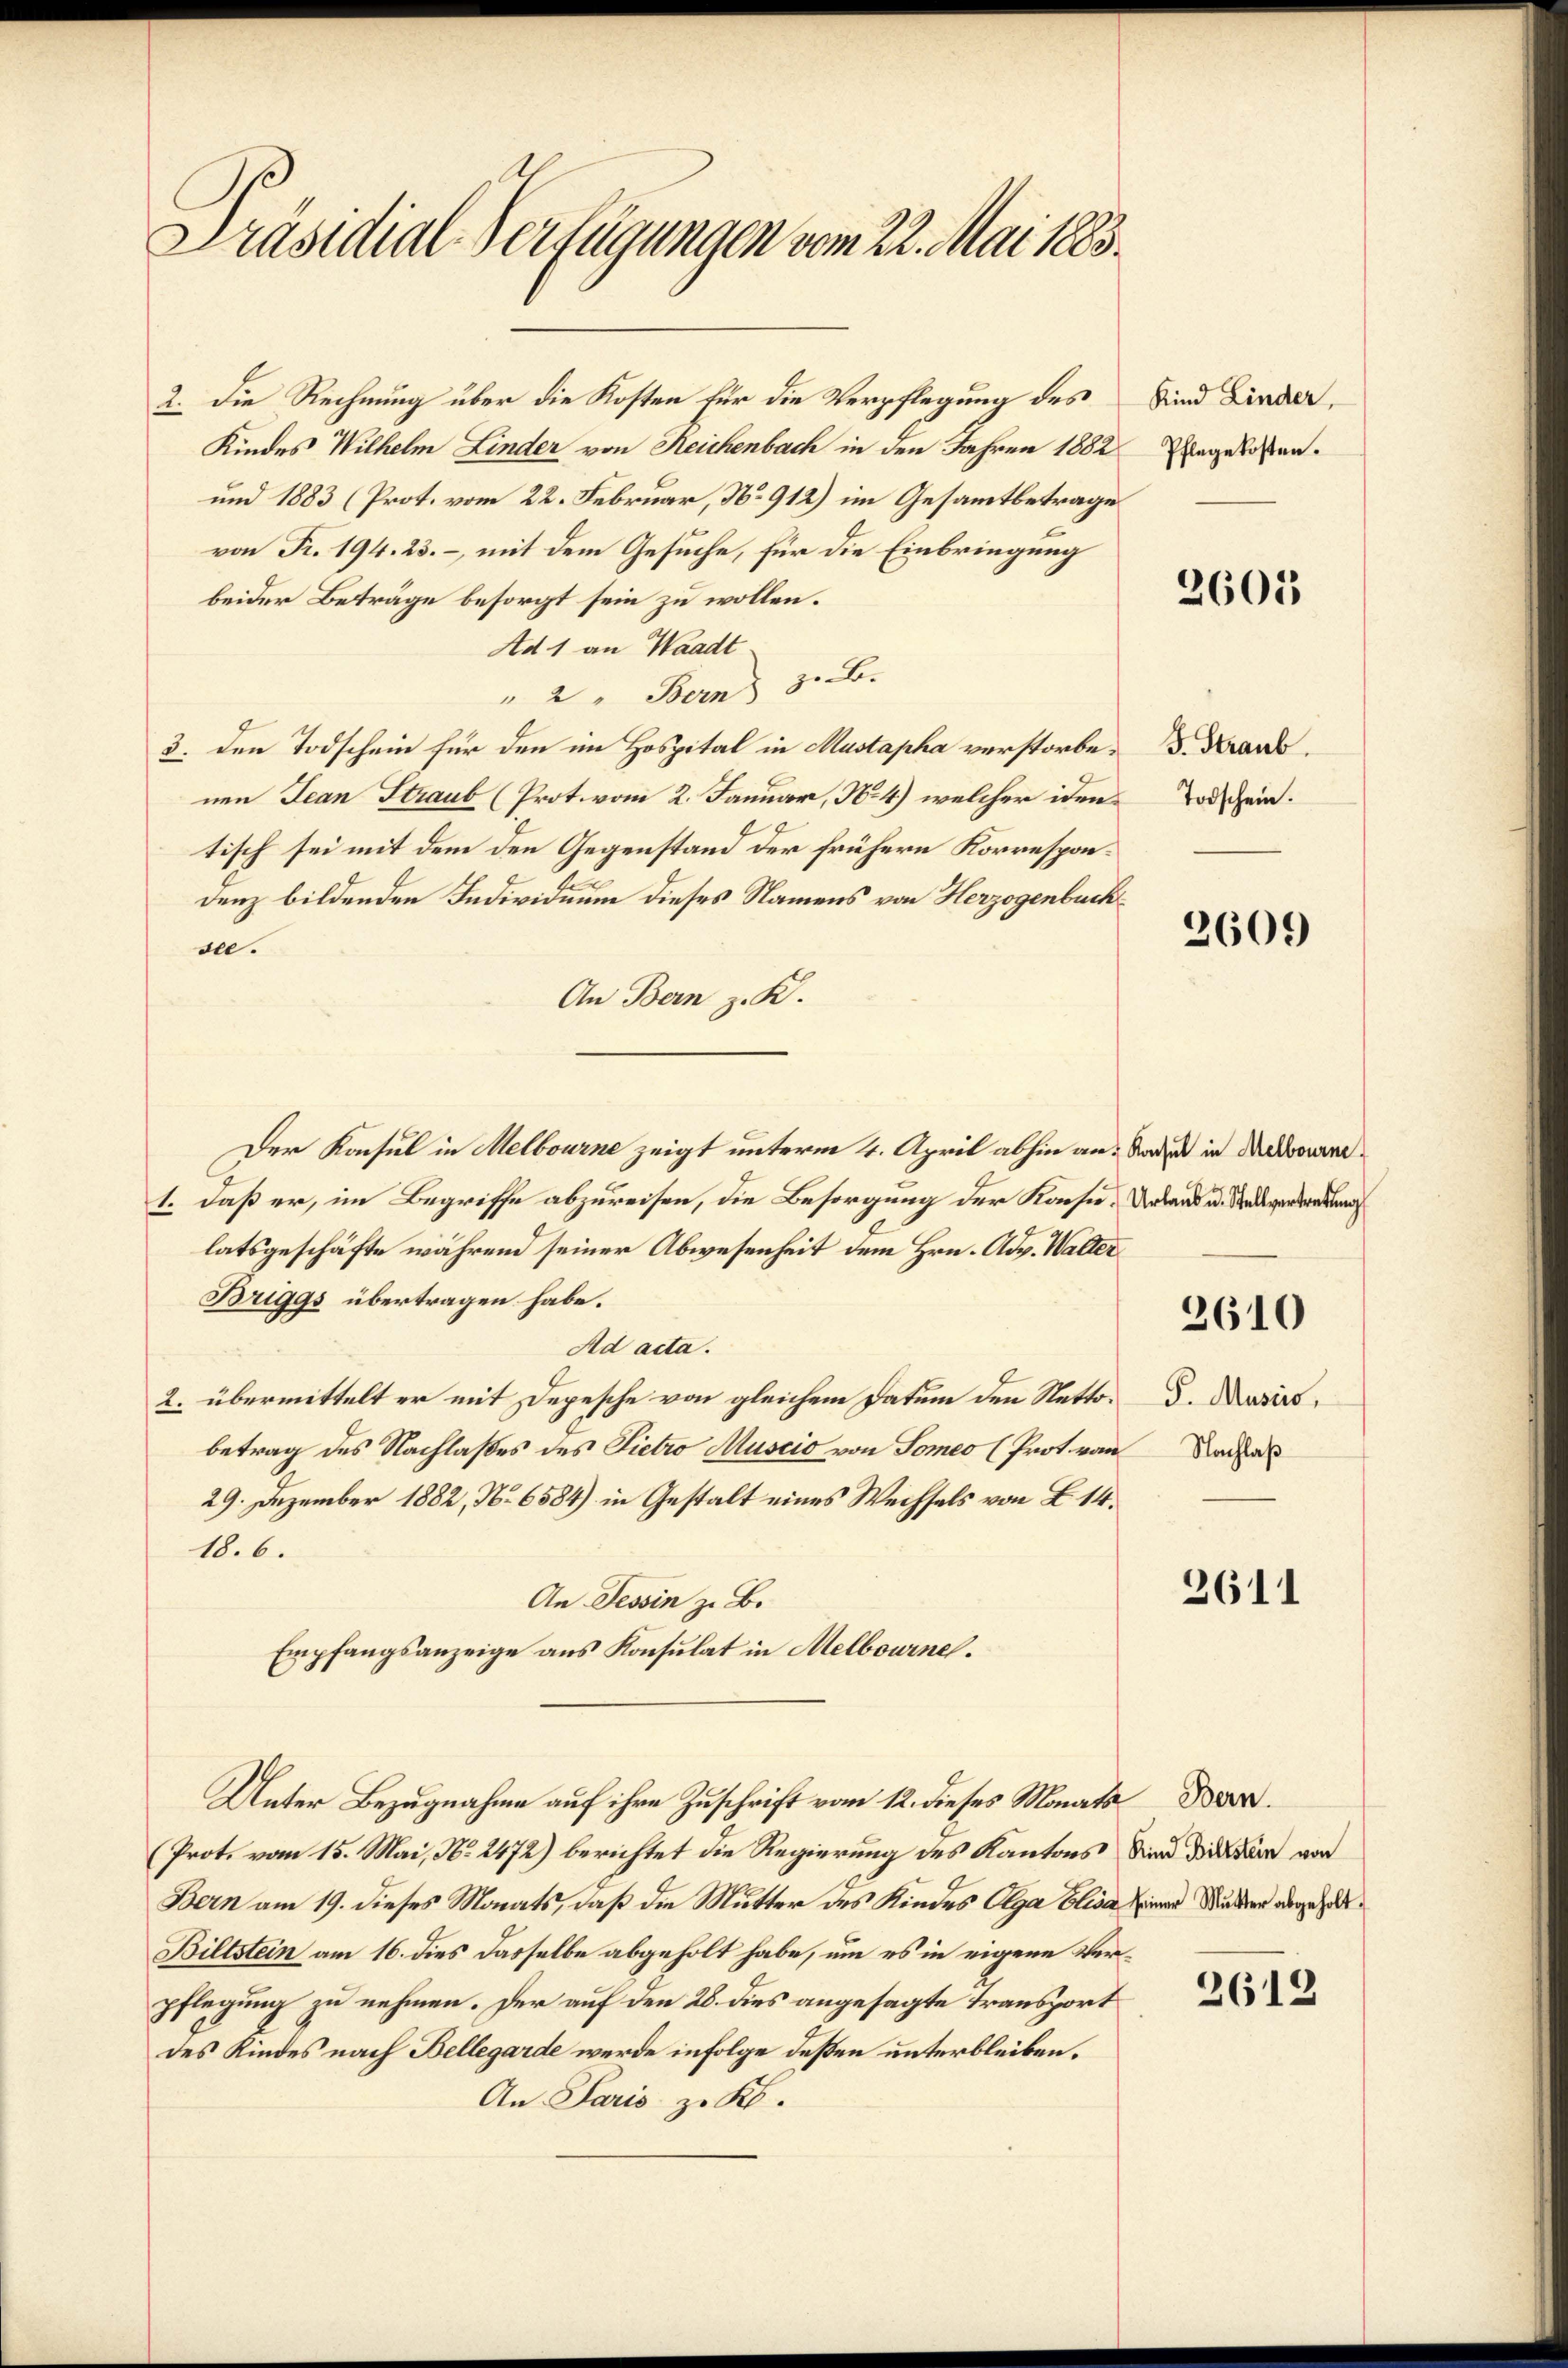
Präsidial-Verfügungen vom 22. Mai 1883.

2. Die Rechnung über die Kosten für die Verpflegung des
Kindes Wilhelm Linder von Reichenbach in den Jahren 1882
und 1883 (Prot. vom 22. Februar, No 912) im Gesammtbetrage
von Fr. 194. 23. – mit dem Gesuche, für die Einbringung
beider Beträge besorgt sein zu wollen.
Ad 1 an Waadt
" 2 " Bern 3. B.
3. den Todschein für den im Hospital in Mastapha verstorbenen Jean Straub (Prot. vom 2. Januar, No. 4) welcher iden
tisch sei mit dem den Gegenstand der frühere Korrespondenz bildenden Individuum dieses Namens von Herzogenbucksee.
An Bern z. K.
Der Konsul in Melbourne zeigt unterm 4. April abhin an: der in Madonne
1. daß er, im Begriffe abzureisen, die Besorgung der Kaise. Undans u. verredung
latsgeschäfte während seiner Abwesenheit dem Hrn. Adv. Walter
Briggs übertragen habe.
Ad acta.
2. übermittelt er mit Depesche von gleichem Datum den Nettobetrag des Nachlaßes des Pietro Muscio von Someo (Prot. von
29. Dezember 1882, No 6584) in Gestalt eines Wechsels von B. 14.
18.6.
An. Tessin z. B.
Empfangsanzeige aus Konsulat in Melbournel.
Unter Bezugnahme auf ihre Zuschrift vom 12. dieses Monats Bern.
(Prot. vom 15. Mai, No. 2472) berichtet die Regierung des Kantons
Bern am 19. dieses Monats, daß die Mutter des Kindes Olga Elisa
Biltstein am 16. dies dasselbe abgeholt habe, um es in eigene Verpflegung zu nehmen. Der auf den 28. dies angesagte Transport
des Kindes nach Bellegarde werde infolge deßen unterbleiben.
An Paris zu Kl.

Kind Linder,
Pflegekosten.

2601

J. Straub.
Todschein.

2609

2610

S. Musiis,
Nachlaß

2611

Kind Bittstein von
seiner Mutter abgeholt.

2612